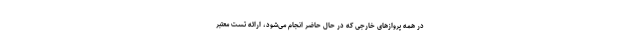
در همه پرواز‌های خارجی که در حال حاضر انجام می‌شود، ارائه تست معتبر